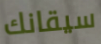
سيقانك